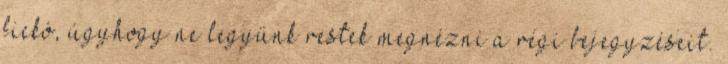
fickó, úgyhogy ne legyünk restek megnézni a régi bejegyzéseit.